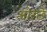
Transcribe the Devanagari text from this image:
ओरछे